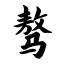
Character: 骜